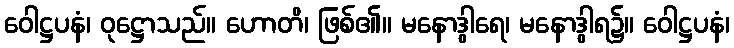
ဝေါဋ္ဌပနံ၊ ဝုဋ္ဌောသည်။ ဟောတိ၊ ဖြစ်၏။ မနောဒွါရေ၊ မနောဒွါရ၌။ ဝေါဋ္ဌပနံ၊